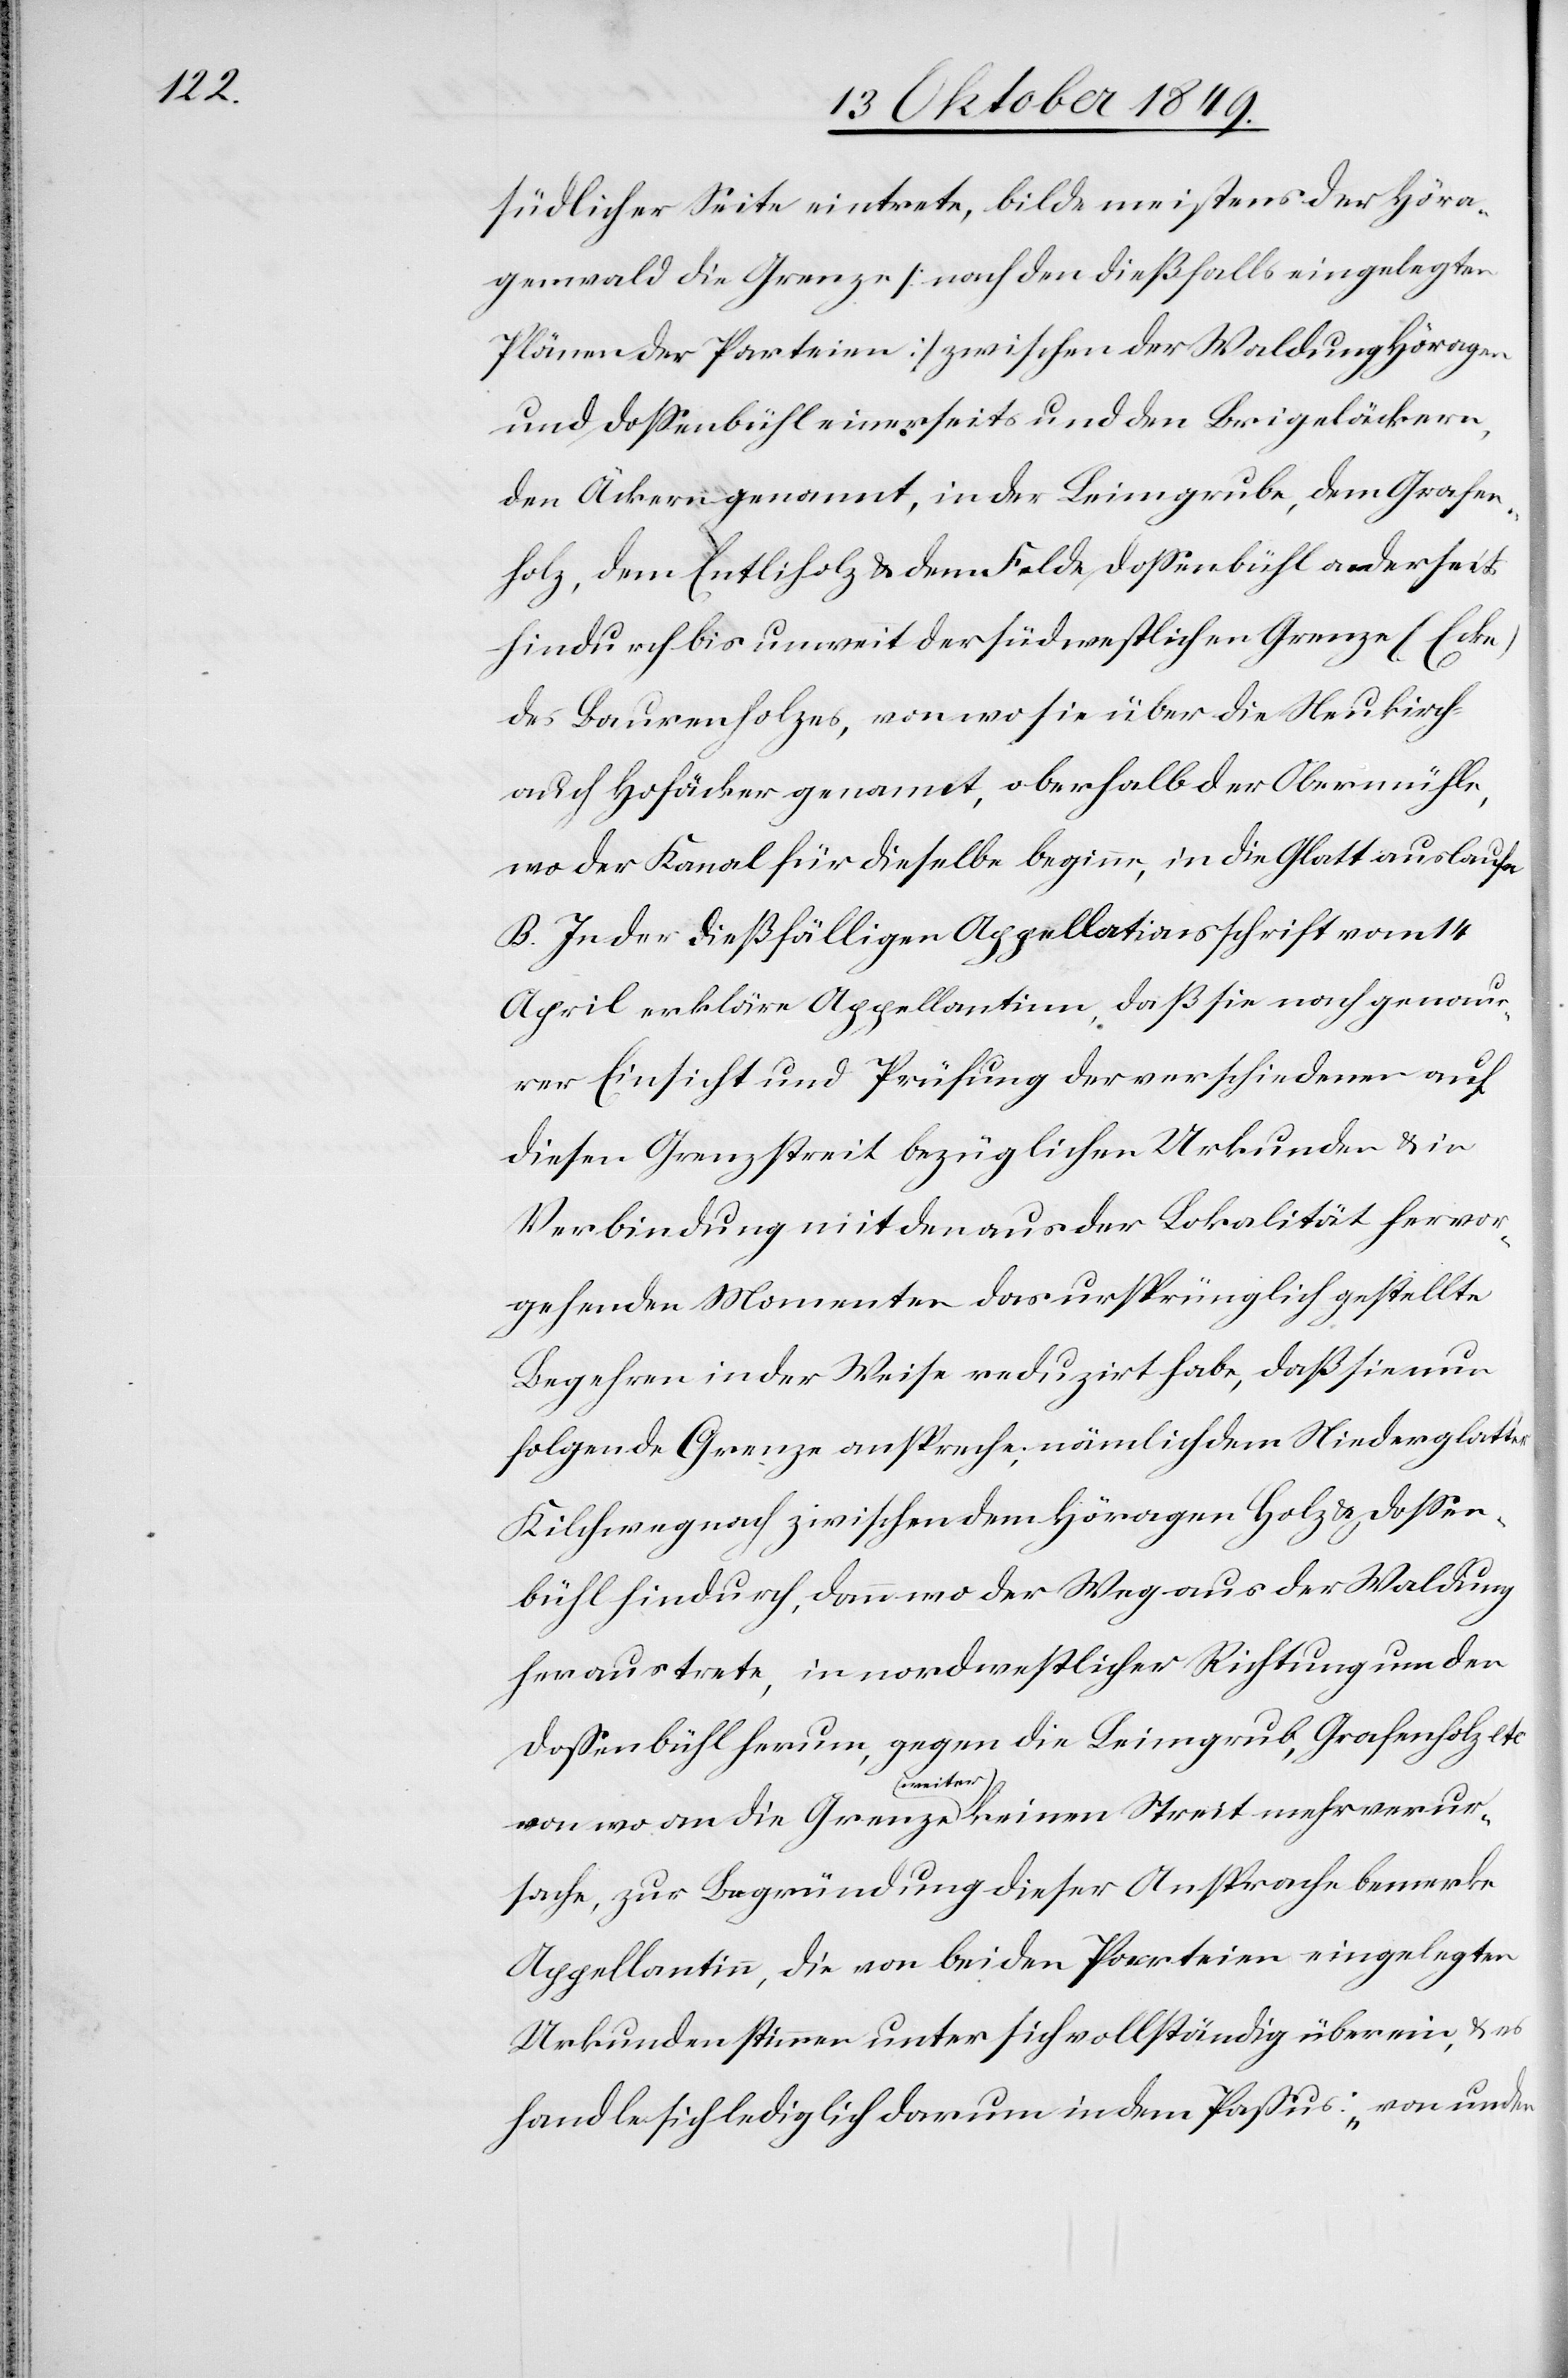
südlicher Seite eintrete, bilde meistens der Höra¬
genwald die Grenze [nach den dießfalls eingelegten
Plänen der Parteien] zwischen der Waldung Höragen
und Doßenbühl einerseits und den Brigelbäckern,
den Äckern genannt, in der Leimgrube, dem Grafen¬
holz, dem Entliholz u. dem Felde Doßenbühl anderseits,
hindurch bis unweit der südwestlichen Grenze (Ecke)
des Baurenholzes, von wo sie über die Neukirch-
auch Hofäcker genannt, oberhalb der Obermühle,
wo der Kanal für dieselbe beginne, in die Glatt auslaufe.
B. In der dießfälligen Appellationsschrift vom 14
April erkläre Appellantinn, daß sie nach genau¬
er Einsicht und Prüfung der verschiedenen auf
diesem Grenzstreit bezüglichen Urkunden u. in
Verbindung mit den aus der Lokalität hervor¬
gehenden Momenten das ursprünglich gestellte
Begehren in der Weise reduzirt habe, daß sie nun
folgende Grenze anspreche, nämlich dem Niederglatt u.
Kilchweg nach zwischen dem Höragen Holz u. Doßen¬
bühl hindurch, dann wo der Weg aus der Waldung
heraustrete, in nordwestlicher Richtung um den
Doßenbühl herum, gegen die Leimgrub, Grafenholz etc
von wo an die Grenze (weiter) keinen Streit mehr verur¬
sache, zur Begründung dieser Ansprache bemerke
Appellantinn, die von beiden Parteien eingelegten
Urkunden stimmen unter sich vollständig überein, u. es
handle sich lediglich darum in dem Paßus: „von und-